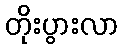
တိုးပွားလာ